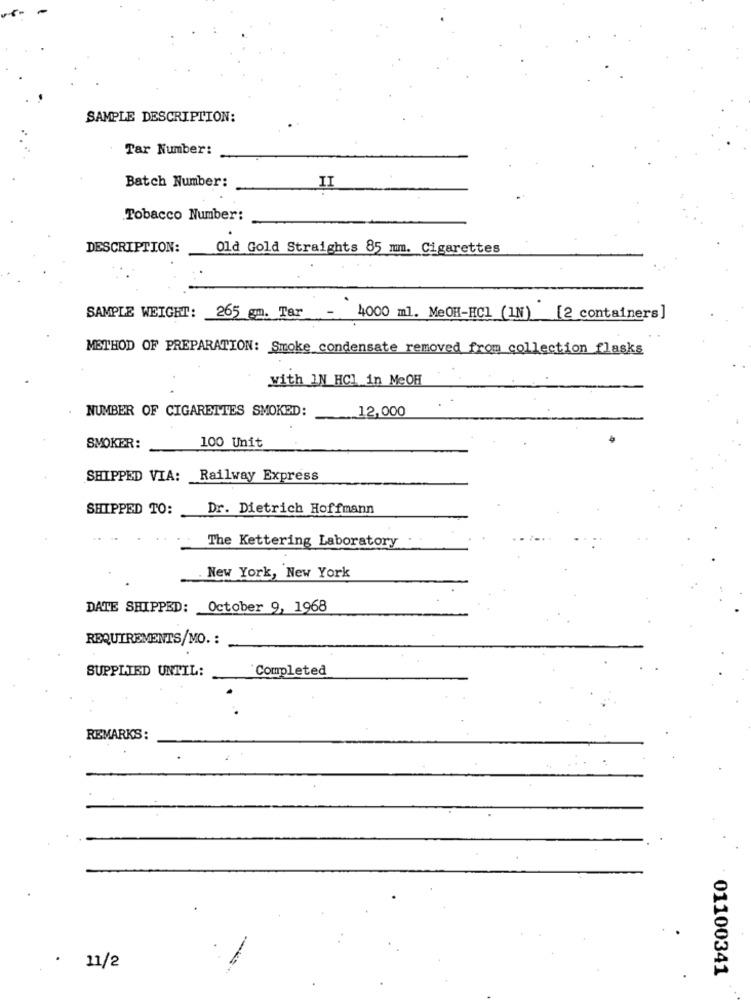
SAMPLE DESCRIPTION:
Tar Number:
Batch Number:
II
Tobacco Number:
DESCRIPTION:
Old Gold Straights 85 mm. Cigarettes
SAMPLE WEIGHT: 265 gm. Tar -
4000 ml. MeOH-HC1 (IN) [2 containers]
METHOD OF PREPARATION: Smoke condensate removed from collection flasks
with IN HCL in MeOH
NUMBER OF CIGARETTES SMOKED:
.. 12,000
100 Unit
SMOKER:
SHIPPED VIA: Railway Express
SHIPPED TO:
Dr. Dietrich Hoffmann
The Kettering Laboratory
New York, New York
DATE SHIPPED:
October 9, 1968
REQUIREMENTS/MO. :
SUPPLIED UNTIL:
Completed
REMARKS:
11/2
01100341